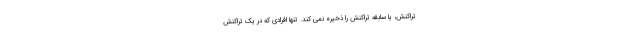
تراکنش، یا سابقه تراکنش را ذخیره نمی کند. تنها افرادی که در یک تراکنش